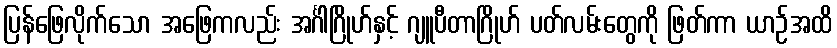
ပြန်ဖြေလိုက်သော အဖြေကလည်း အင်္ဂါဂြိုဟ်နှင့် ဂျူပီတာဂြိုဟ် ပတ်လမ်းတွေကို ဖြတ်ကာ ယာဉ်အထိ